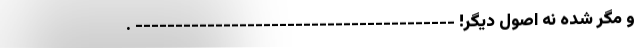
و مگر شده نه اصول دیگر! ---------------------------------------- .